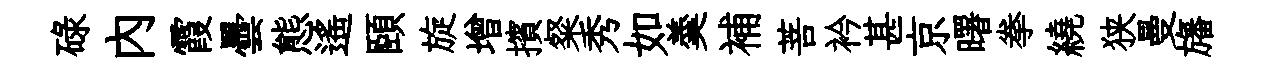
碌内霞曇態遥頤旋增擯粲秀如羮補菩衿甚京曙拳繞狭曼旛